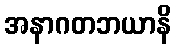
အနာဂတဘယာနိ